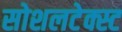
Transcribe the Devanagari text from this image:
सोशलटेक्स्ट